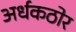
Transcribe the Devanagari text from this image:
अर्धकठोर